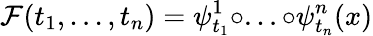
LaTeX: \mathcal{F}(t_{1},...,t_{n})=\psi_{t_{1}}^{1}\circ...\circ\psi_{t_{n}}^{n}(x)